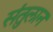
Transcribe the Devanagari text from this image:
संतुलान